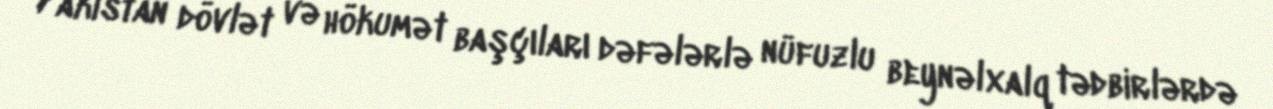
Pakistan dövlət və hökumət başçıları dəfələrlə nüfuzlu beynəlxalq tədbirlərdə